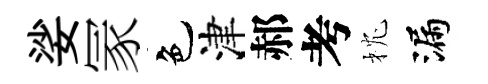
娑冡色津郝考枕漏